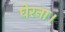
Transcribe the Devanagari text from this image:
घेरना।